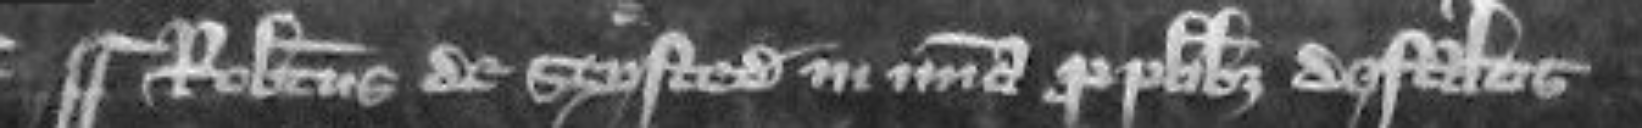
¶Robertus de Stysted in misericordia pro pluribus defaltis